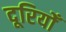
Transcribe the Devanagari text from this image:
दूरियोँ